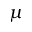
\mu